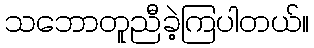
သဘောတူညီခဲ့ကြပါတယ်။